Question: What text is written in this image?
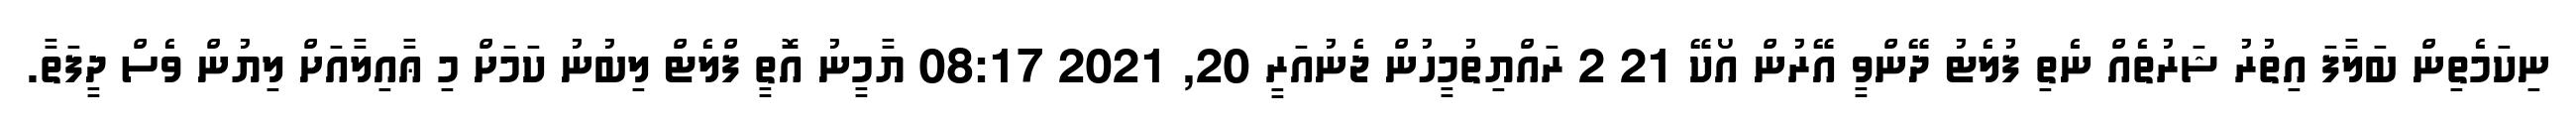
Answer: ނިކަމެތިން ބަލާފަ އިތުރު ޝަރުތެއް ނެތި ފުލެޓު ދޭންވީ އޭރުން އޯކޭ 21 2 ރައްޔިތުމީހުން ޖެނުއަރީ 20, 2021 08:17 ޔާމީނު އޮތީ ފްލެޓް ލިބުނު ކަމަށް މި ޢާއިލާއަށް ލިޔުން ވެސް ދީފަތާ.